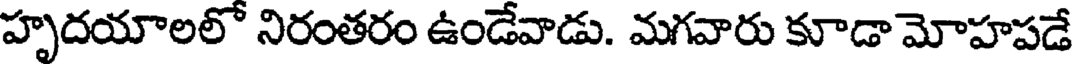
హృదయాలలో నిరంతరం ఉండేవాడు. మగవారు కూడా మోహపడే